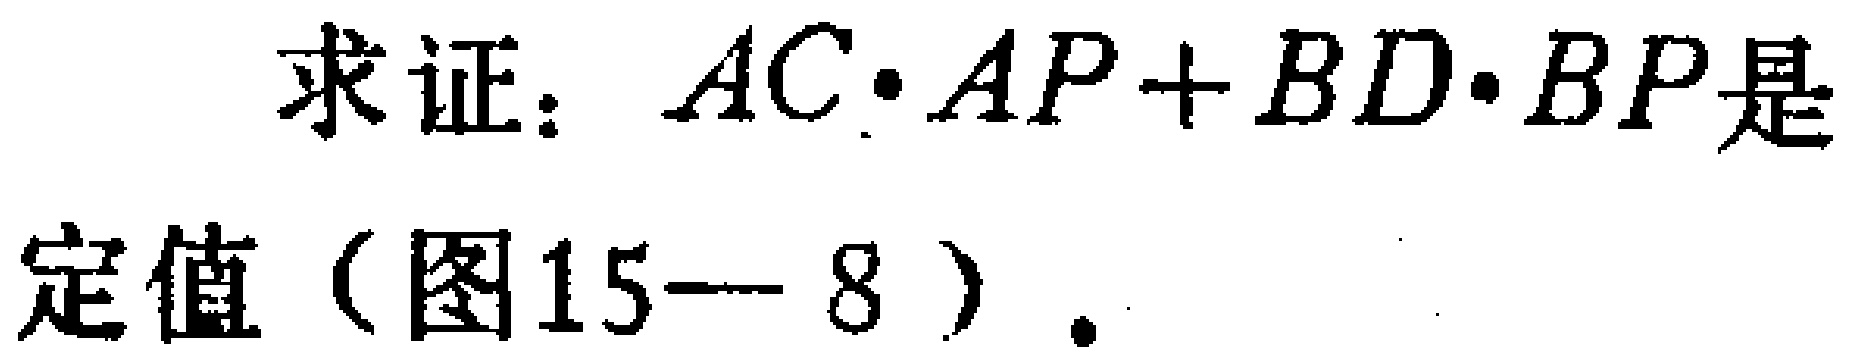
求证：\(AC\cdot AP + BD\cdot BP\)是定值（图15---8）.